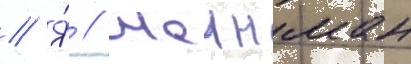
// Я́ // Шеинман